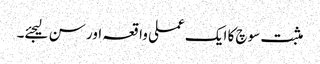
مثبت سوچ کا ایک عملی واقعہ اور سن لیجئے۔